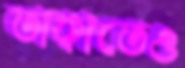
তাকাতেও